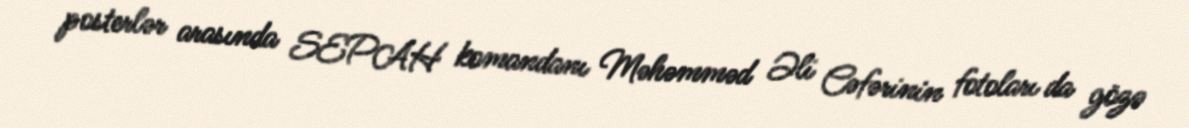
posterlər arasında SEPAH komandanı Məhəmməd Əli Cəfərinin fotoları da gözə